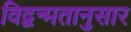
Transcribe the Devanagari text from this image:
विद्वन्मतानुसार